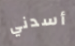
أسدني